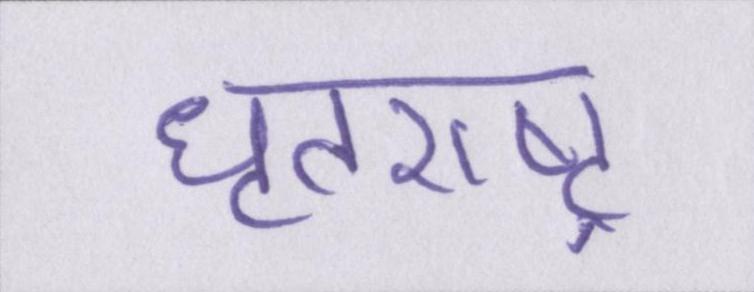
धॄतराष्ट्र